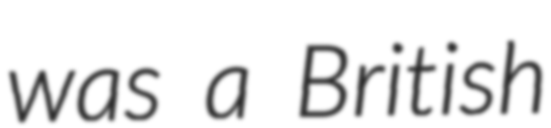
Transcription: was a British